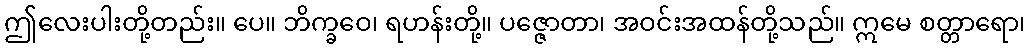
ဤလေးပါးတို့တည်း။ ပေ။ ဘိက္ခဝေ၊ ရဟန်းတို့။ ပဇ္ဇောတာ၊ အဝင်းအထန်တို့သည်။ ဣမေ စတ္တာရော၊